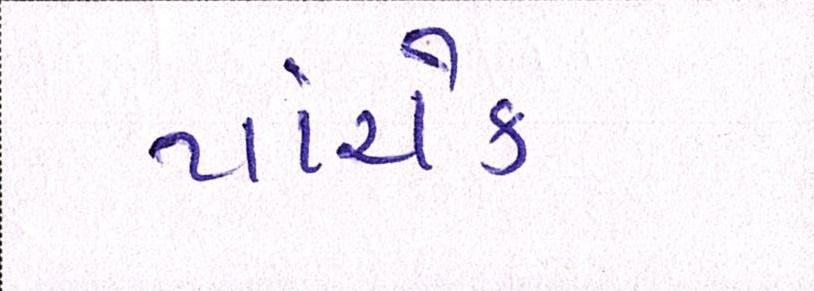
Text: પાંચેક